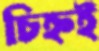
চিহ্নই